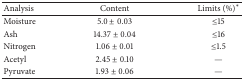
<table><thead><tr><td><b>Analysis</b></td><td><b>Content</b></td><td><b>Limits (%)*</b></td></tr></thead><tbody><tr><td>Moisture</td><td>5.0 ± 0.03</td><td>≤15</td></tr><tr><td>Ash</td><td>14.37 ± 0.04</td><td>≤16</td></tr><tr><td>Nitrogen</td><td>1.06 ± 0.01</td><td>≤1.5</td></tr><tr><td>Acetyl</td><td>2.45 ± 0.10</td><td>—</td></tr><tr><td>Pyruvate</td><td>1.93 ± 0.06</td><td>—</td></tr></tbody></table>